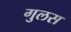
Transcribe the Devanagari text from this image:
गुलस